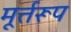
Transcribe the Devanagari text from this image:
मूर्त्तरूप